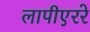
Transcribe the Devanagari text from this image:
लापीएररे